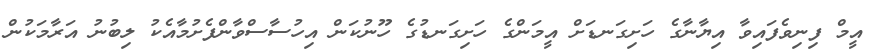
އީމް ފިނިވެފައިވާ އިޔާނާގެ ހަށިގަނޑަށް އީމަންގެ ހަށިގަނޑުގެ ހޫނުކަން އިހުސާސްވާންފެށުމާއެކު ލިބުނު އަރާމަކުން